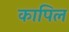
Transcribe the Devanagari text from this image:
कापिल